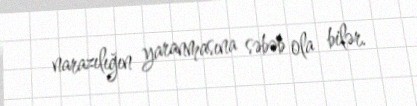
narazılığın yaranmasına səbəb ola bilər.